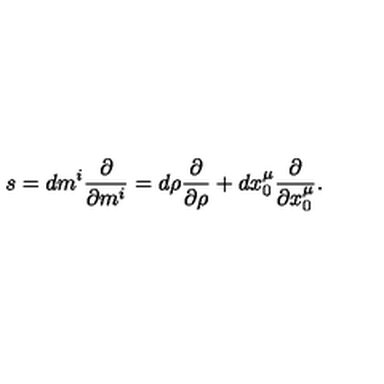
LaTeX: s = d m ^ { i } { \frac { \partial } { \partial m ^ { i } } } = d \rho { \frac { \partial } { \partial \rho } } + d x _ { 0 } ^ { \mu } { \frac { \partial } { \partial x _ { 0 } ^ { \mu } } } .